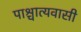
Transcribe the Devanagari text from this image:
पाश्चात्यवासी